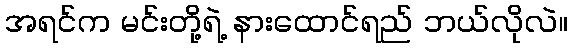
အရင်က မင်းတို့ရဲ့ နားထောင်ရည် ဘယ်လိုလဲ။